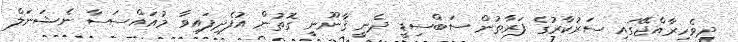
ދިވެހިރާއްޖޭގައި ސަރުކާރުގެ ފަރާތުން ސަބްސިޑީ ދެނީ ޤާނޫނީ ގޮތުން އުފެދިފައިވާ މުއައްސަސާ ނެޝަނަލް